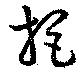
拒